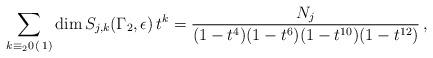
LaTeX: \begin{align*}\sum_{k\equiv_2 0 \, ( \, 1 )} \dim S_{j,k}(\Gamma_2,\epsilon)\, t^k=\frac{N_j}{(1-t^4)(1-t^6)(1-t^{10})(1-t^{12})}\, ,\end{align*}